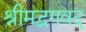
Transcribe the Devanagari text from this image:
श्रीमद्भगवद्